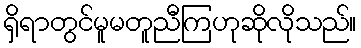
ရှိရာတွင်မူမတူညီကြဟုဆိုလိုသည်။